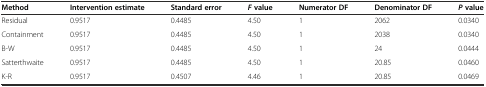
<table><thead><tr><td><b>Method</b></td><td><b>Intervention estimate</b></td><td><b>Standard error</b></td><td><b><i>F</i>value</b></td><td><b>Numerator DF</b></td><td><b>Denominator DF</b></td><td><b><i>P</i>value</b></td></tr></thead><tbody><tr><td>Residual</td><td>0.9517</td><td>0.4485</td><td>4.50</td><td>1</td><td>2062</td><td>0.0340</td></tr><tr><td>Containment</td><td>0.9517</td><td>0.4485</td><td>4.50</td><td>1</td><td>2038</td><td>0.0340</td></tr><tr><td>B-W</td><td>0.9517</td><td>0.4485</td><td>4.50</td><td>1</td><td>24</td><td>0.0444</td></tr><tr><td>Satterthwaite</td><td>0.9517</td><td>0.4485</td><td>4.50</td><td>1</td><td>20.85</td><td>0.0460</td></tr><tr><td>K-R</td><td>0.9517</td><td>0.4507</td><td>4.46</td><td>1</td><td>20.85</td><td>0.0469</td></tr></tbody></table>